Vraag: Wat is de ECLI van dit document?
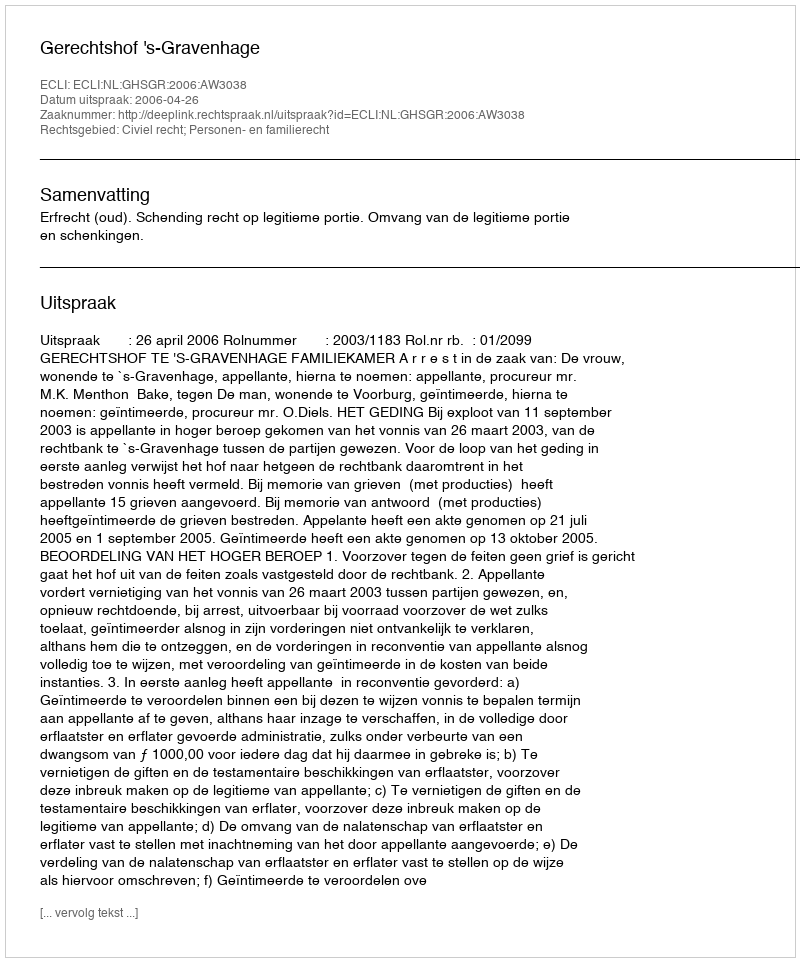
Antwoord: ECLI:NL:GHSGR:2006:AW3038